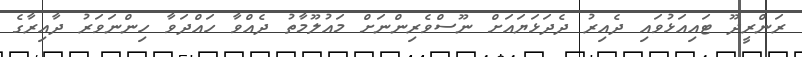
ރަންރީދޫ ޓައިއަޅުވައި ދެއިރު ދެދަޅަޔައަށް ނޫސްވެރިންނަށް މައުލޫމާތު ދެއްވާ ހައްދަވާ ހިންނަވަރު ދާއިރާގެ